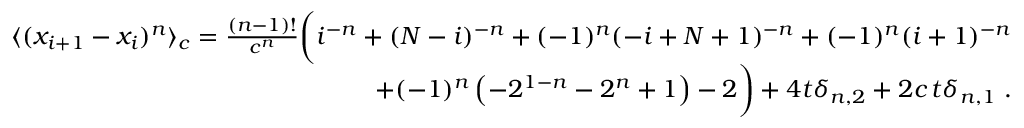
\begin{array} { r l r } & { } & { \langle ( x _ { i + 1 } - x _ { i } ) ^ { n } \rangle _ { c } = \frac { ( n - 1 ) ! } { c ^ { n } } \bigg ( i ^ { - n } + ( N - i ) ^ { - n } + ( - 1 ) ^ { n } ( - i + N + 1 ) ^ { - n } + ( - 1 ) ^ { n } ( i + 1 ) ^ { - n } } \\ & { } & { { + } ( - 1 ) ^ { n } \left( - 2 ^ { 1 - n } - 2 ^ { n } + 1 \right) - 2 \bigg ) + 4 t \delta _ { n , 2 } + 2 c \, t \delta _ { n , 1 } \; . } \end{array}